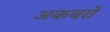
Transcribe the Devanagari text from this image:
अकबरो